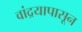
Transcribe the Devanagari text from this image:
वांद्रयापासून